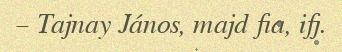
– Tajnay János, majd fia, ifj.